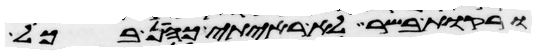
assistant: ורקות בשר לא ראיתי כהן בכל